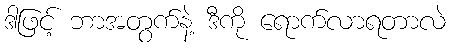
ဒါဖြင့် ဘာအတွက်နဲ့ ဒီကို ရောက်လာရတာလဲ